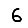
Digit: 6